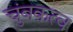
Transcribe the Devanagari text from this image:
चुंबकत्‍व